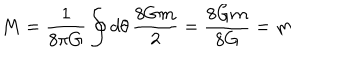
LaTeX: M = { \frac { 1 } { 8 \pi G } } \oint d \theta \, { \frac { 8 G m } { 2 } } = { \frac { 8 G m } { 8 G } } = m